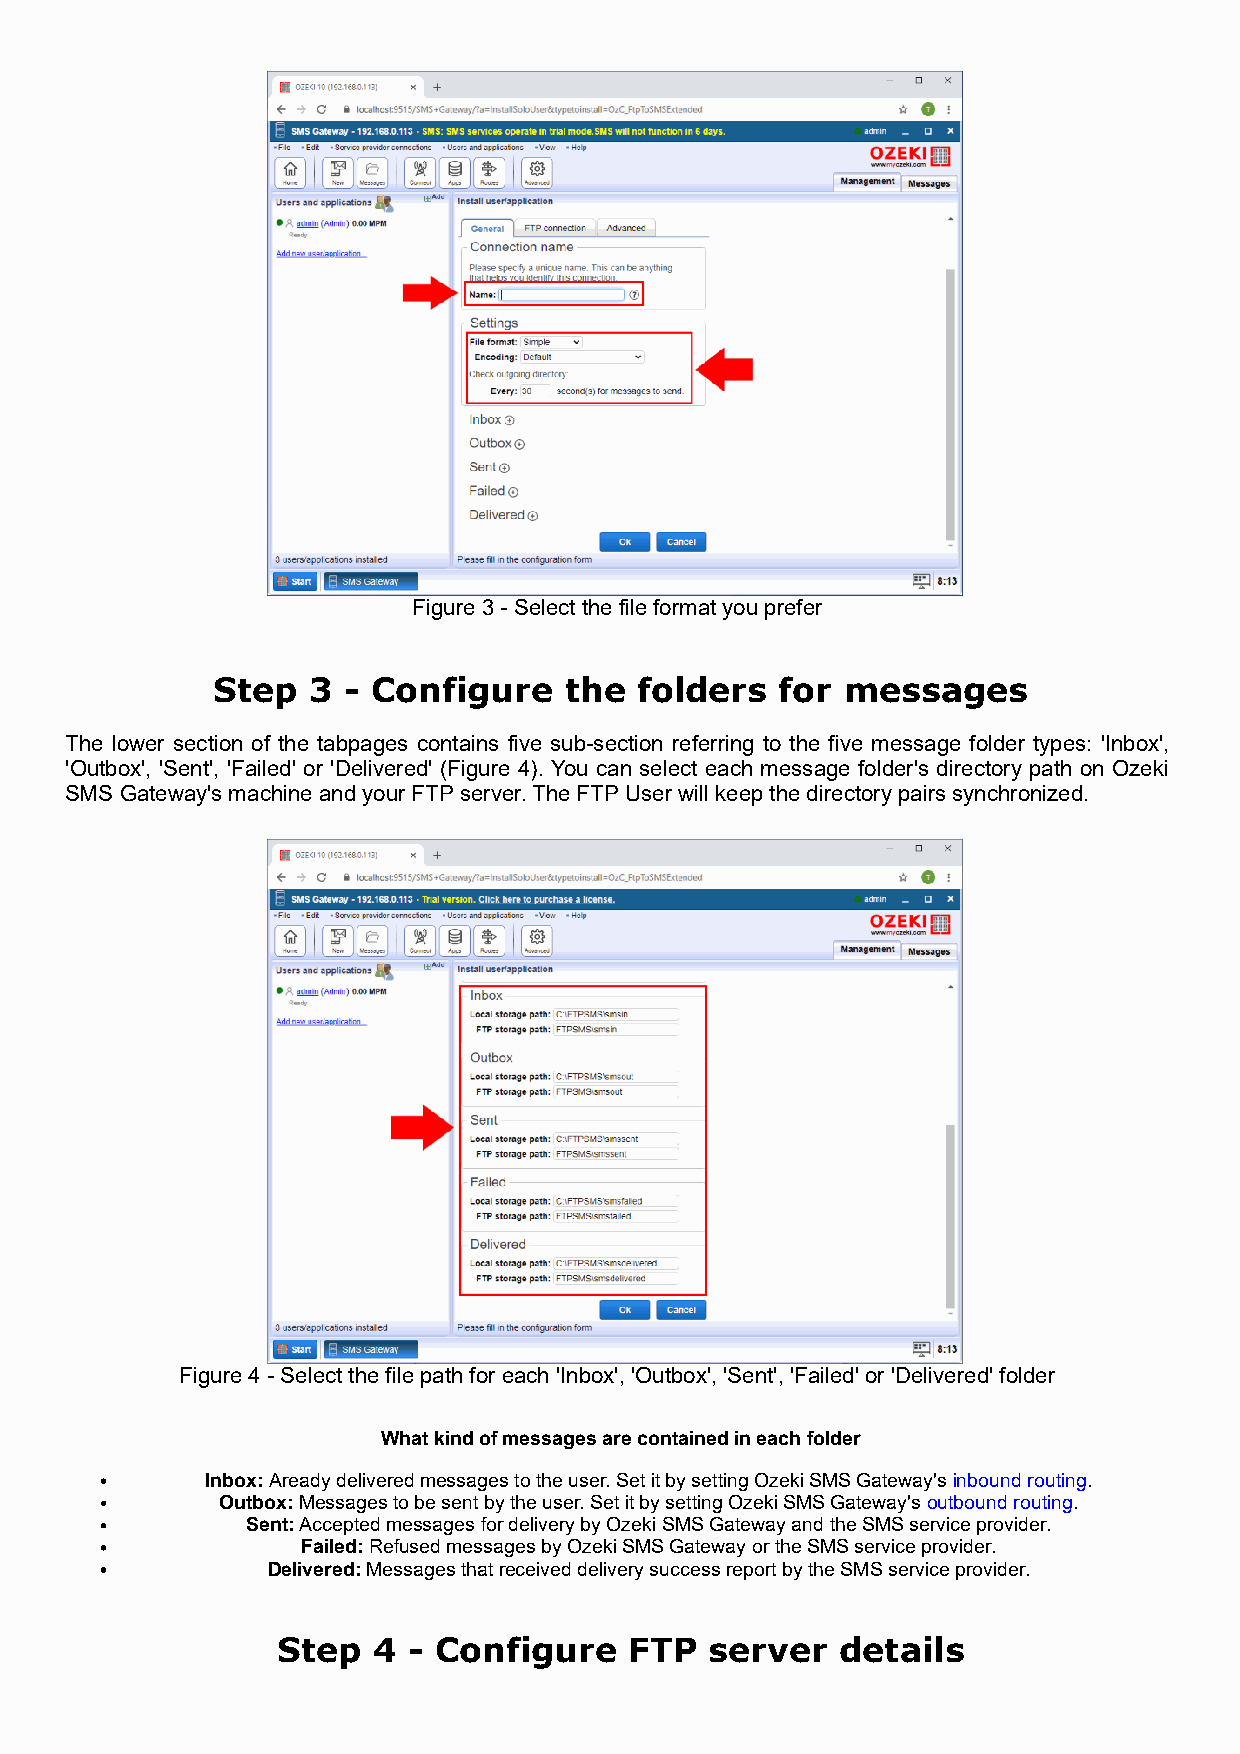
Figure 3 - Select the file format you prefer
 Step  3  - Configure   the  folders   for messages
 The lower section of the tabpages contains five sub-section referring to the five message folder types: 'Inbox',
 'Outbox', 'Sent', 'Failed' or 'Delivered' (Figure 4). You can select each message folder's directory path on Ozeki
 SMS Gateway's machine and your FTP server. The FTP User will keep the directory pairs synchronized.
 Figure 4 - Select the file path for each 'Inbox', 'Outbox', 'Sent', 'Failed' or 'Delivered' folder
 What kind of messages are contained in each folder
 Inbox: Aready delivered messages to the user. Set it by setting Ozeki SMS Gateway's inbound routing.
 Outbox: Messages to be sent by the user. Set it by setting Ozeki SMS Gateway's outbound routing.
 Sent: Accepted messages for delivery by Ozeki SMS Gateway and the SMS service provider.
 Failed: Refused messages by Ozeki SMS Gateway or the SMS service provider.
 Delivered: Messages that received delivery success report by the SMS service provider.
 Step   4 - Configure    FTP  server   details